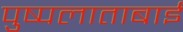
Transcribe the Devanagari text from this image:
पुष्पलाताबाई